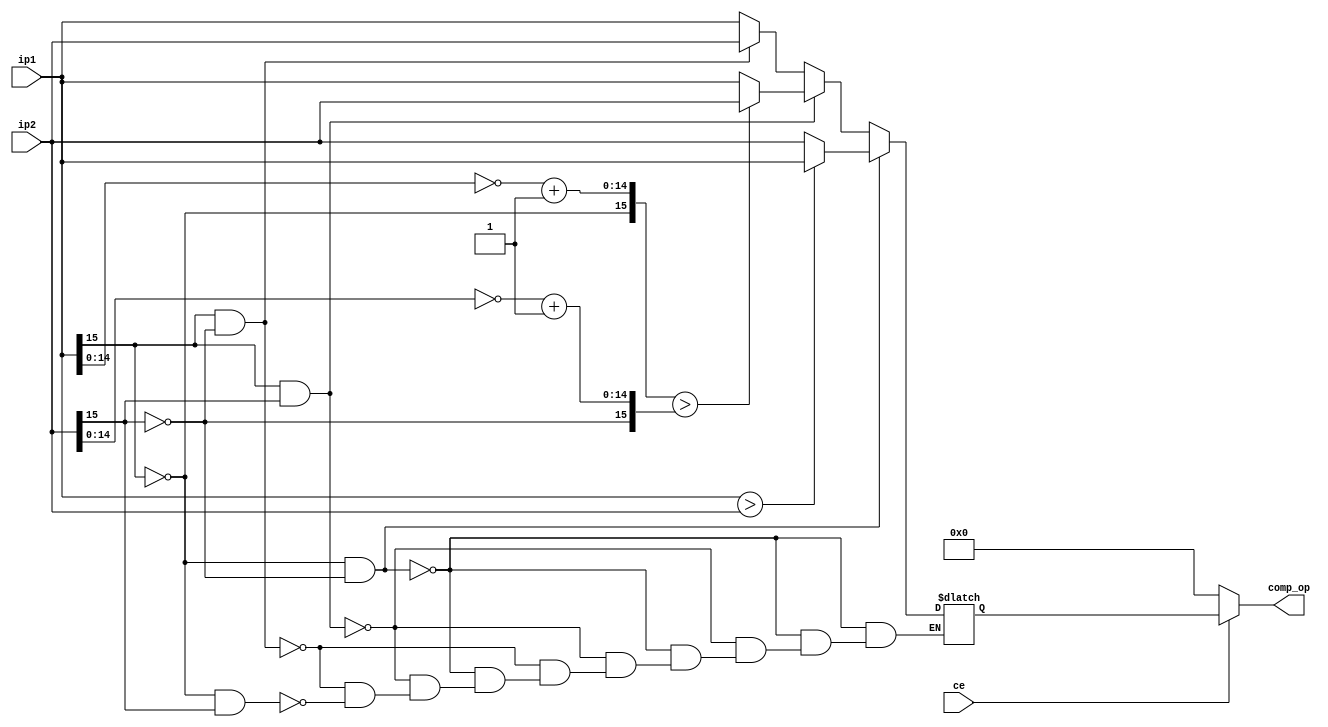
`timescale 1ns / 1ps

module comparator2 #(
    parameter N = 16,
    parameter Q = 12,
    parameter ptype = 1
    )(
    input ce,
    input [N-1:0] ip1,
    input [N-1:0] ip2,
    output [N-1:0] comp_op
    );
    
    wire [N-1:0] ip1_2cmp, ip2_2cmp;  //two's complemented versions of the input values
    reg [N-1:0] temp;
    
    
    assign ip1_2cmp = {~ip1[N-1],~ip1[N-2:0] + 1'b1};
    assign ip2_2cmp = {~ip2[N-1],~ip2[N-2:0] + 1'b1};
    assign comp_op = ce ? temp : 'd0;
    //assign comp_op = ptype ? (ip1 + ip2) : ((ip1>ip2) ? ip1:ip2);
    always@(*)
    begin
        if(ptype == 0)
        begin
            temp = ip1 + ip2;        //when in the average pooling mode, the comparator doubles up as the adder
        end
        else
        begin
            if( (ip1[N-1] == 0) & (ip2[N-1] == 0) )
            begin
                temp = (ip1>ip2) ? ip1:ip2;
            end
            else if ( (ip1[N-1] == 1) & (ip2[N-1] == 1) )
            begin
                temp = (ip1_2cmp > ip2_2cmp) ? ip2 : ip1;   //higher the magnitude of a -ve no. lower its value
            end
            else if ( (ip1[N-1] == 1) & (ip2[N-1] == 0) )
            begin
                temp = ip2;
            end            
            else if ( (ip1[N-1] == 0) & (ip2[N-1] == 1) )
            begin
                temp = ip1;
            end
        end
    end
endmodule